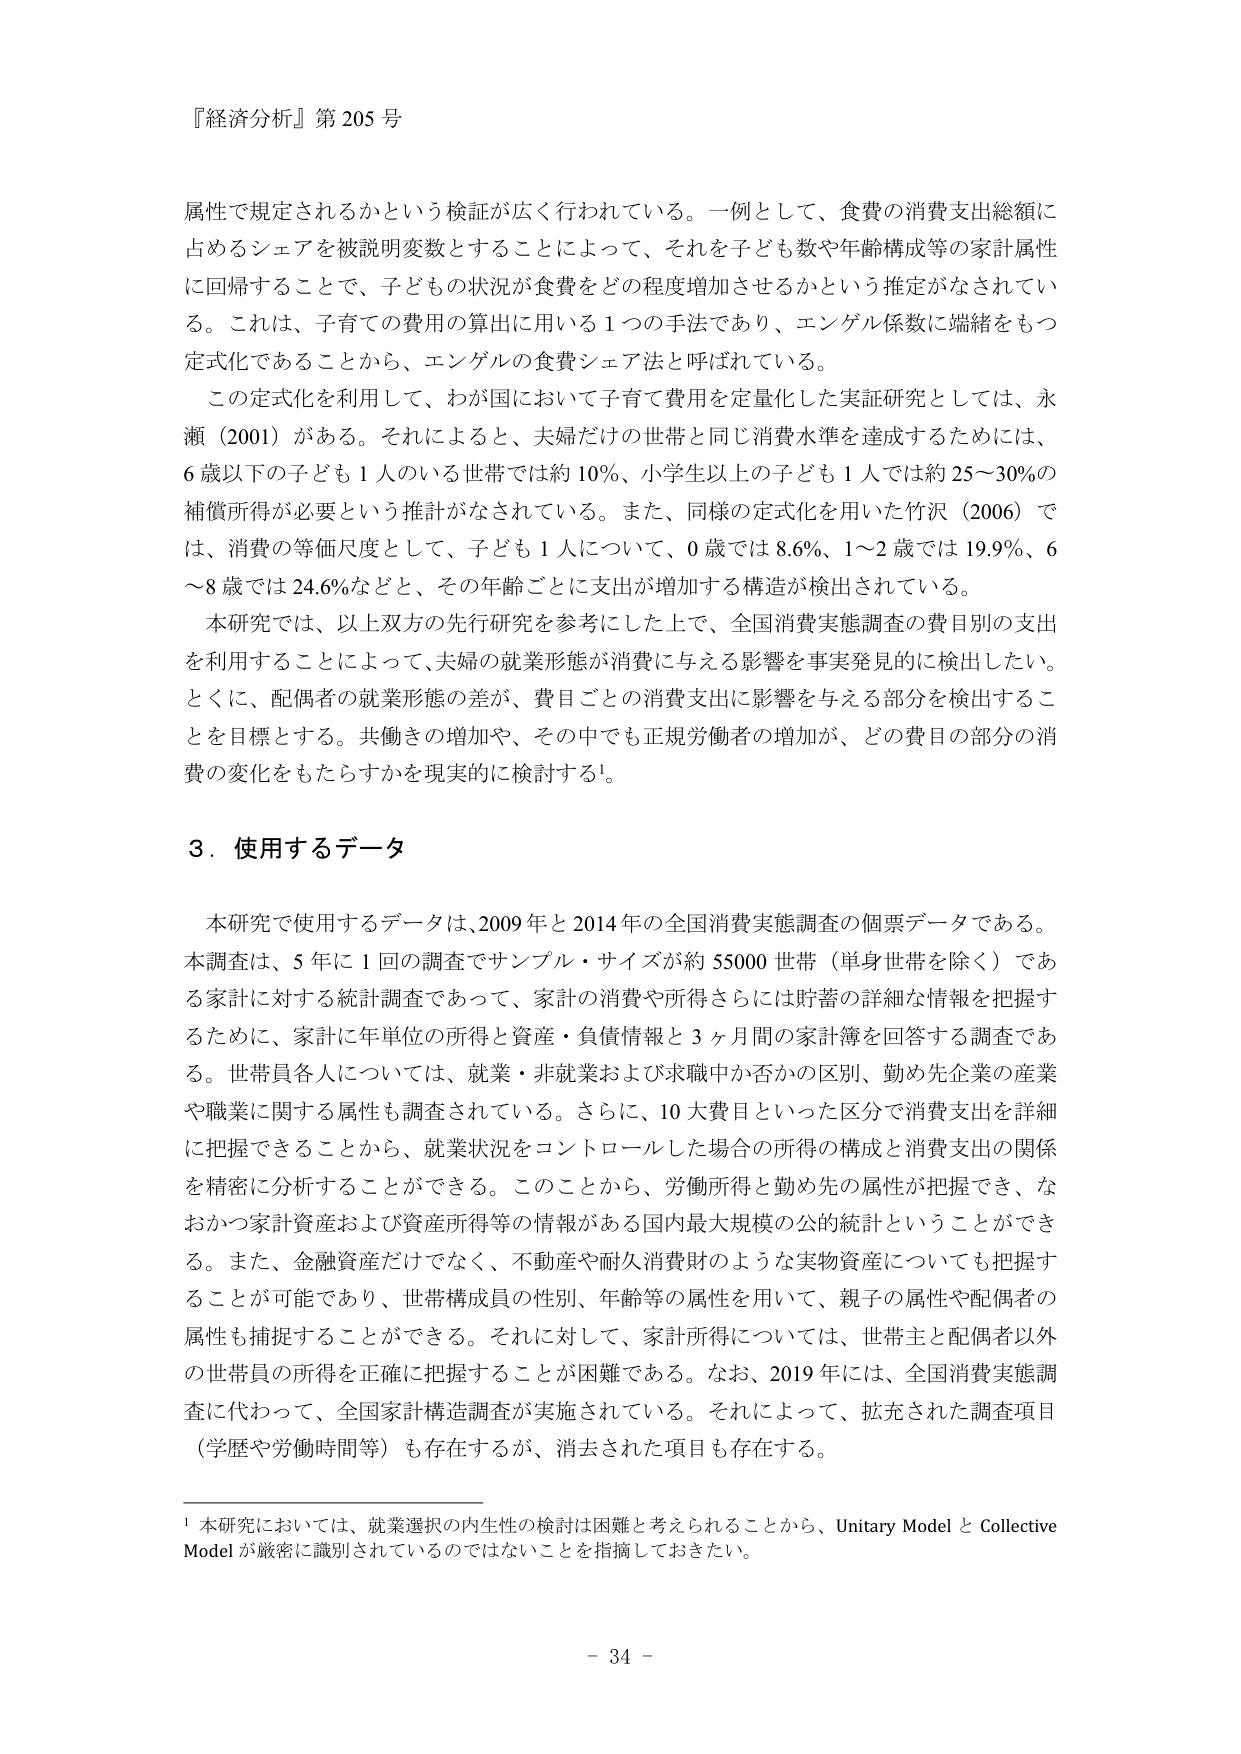
『経済分析』第205号

属性で規定されるかという検証が広く行われている。一例として、食費の消費支出総額に占めるシェアを被説明変数とすることによって、それを子ども数や年齢構成等の家計属性に回帰することで、子どもの状況が食費をどの程度増加させるかという推定がなされている。これは、子育ての費用の算出に用いる1つの手法であり、エンゲル係数に端緒をもつ定式化であることから、エンゲルの食費シェア法と呼ばれている。

この定式化を利用して、わが国において子育て費用を定量化した実証研究としては、永瀬（2001）がある。それによると、夫婦だけの世帯と同じ消費水準を達成するためには、6歳以下の子ども1人のいる世帯では約10％、小学生以上の子ども1人では約25～30％の補償所得が必要という推計がなされている。また、同様の定式化を用いた竹沢（2006）では、消費の等価尺度として、子ども1人について、0歳では8.6％、1～2歳では19.9％、6～8歳では24.6％などと、その年齢ごとに支出が増加する構造が検出されている。

本研究では、以上双方の先行研究を参考にした上で、全国消費実態調査の費目別の支出を利用することによって、夫婦の就業形態が消費に与える影響を事実発見的に検出したい。とくに、配偶者の就業形態の差が、費目ごとの消費支出に影響を与える部分を検出することを目標とする。共働きの増加や、その中でも正規労働者の増加が、どの費目の部分の消費の変化をもたらすかを現実的に検討する¹。

3．使用するデータ

本研究で使用するデータは、2009年と2014年の全国消費実態調査の個票データである。本調査は、5年に1回の調査でサンプル・サイズが約55000世帯（単身世帯を除く）である家計に対する統計調査であって、家計の消費や所得さらには貯蓄の詳細な情報を把握するために、家計に年単位の所得と資産・負債情報と3ヶ月間の家計簿を回答する調査である。世帯員各人については、就業・非就業および求職中か否かの区別、勤め先企業の産業や職業に関する属性も調査されている。さらに、10大費目といった区分で消費支出を詳細に把握できることから、就業状況をコントロールした場合の所得の構成と消費支出の関係を精密に分析することができる。このことから、労働所得と勤め先の属性が把握でき、なおかつ家計資産および資産所得等の情報がある国内最大規模の公的統計ということができる。また、金融資産だけでなく、不動産や耐久消費財のような実物資産についても把握することが可能であり、世帯構成員の性別、年齢等の属性を用いて、親子の属性や配偶者の属性も捕捉することができる。それに対して、家計所得については、世帯主と配偶者以外の世帯員の所得を正確に把握することが困難である。なお、2019年には、全国消費実態調査に代わって、全国家計構造調査が実施されている。それによって、拡充された調査項目（学歴や労働時間等）も存在するが、消去された項目も存在する。

¹ 本研究においては、就業選択の内生性の検討は困難と考えられることから、Unitary Model と Collective Model が厳密に識別されているのではないことを指摘しておきたい。

- 34 -